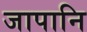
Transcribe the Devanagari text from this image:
जापानि